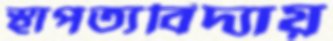
স্থাপত্যবিদ্যায়